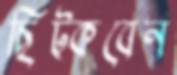
ছিট্‌কবেন